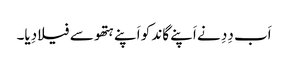
اَب دِدِ نے اَپنے گاند کو اَپنے ہتھو سے فیلا دِیا۔